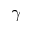
\gamma